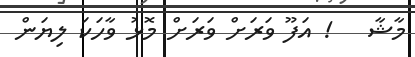
މާޝާ   ! އަފޫ ވަރަށް ވަރަށް މޮޅު ވާހަކަ ލިޔަން